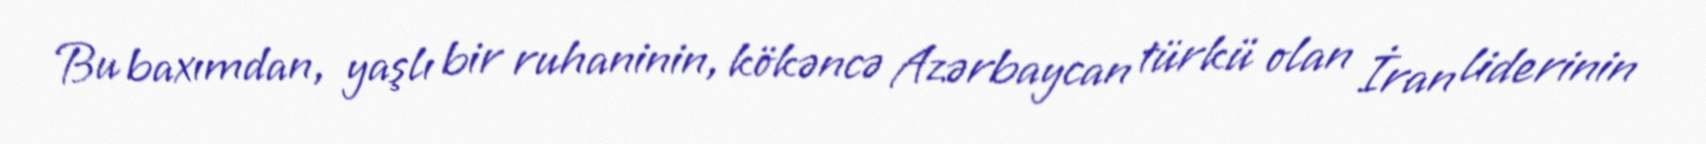
Bu baxımdan, yaşlı bir ruhaninin, kökəncə Azərbaycan türkü olan İran liderinin